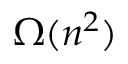
\Omega ( n ^ { 2 } ) \,